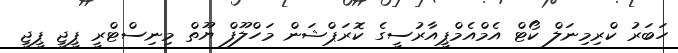
ހަބަރު ކްރިމިނަލް ކޯޓް އެމްއެމްޕީއާރުސީގެ ކޮރަޕްޝަން މަހްލޫފް ޔޫތް މިނިސްޓްރީ ޕީޖީ ޕީޖީ